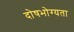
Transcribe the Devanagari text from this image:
दोषभोग्यता